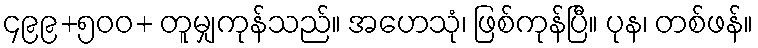
၄၉၉+၅၀၀+ တူမျှကုန်သည်။ အဟေသုံ၊ ဖြစ်ကုန်ပြီ။ ပုန၊ တစ်ဖန်။